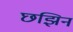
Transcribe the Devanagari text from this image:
छझिन